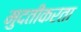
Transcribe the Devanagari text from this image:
मुदतीकरता